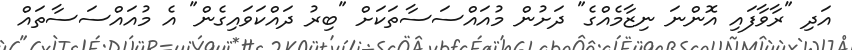
އަދި "ރާވާފައި އޮންނަ ނިޒާމެއްގެ" ދަށުން މުއައްސަސާތަކަށް "ބިރު ދައްކަވައިގެން" އެ މުއައްސަސާތައް